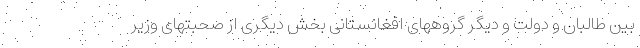
بین طالبان و دولت و دیگر گروههای افغانستانی بخش دیگری از صحبتهای وزیر